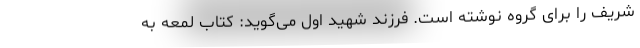
شریف را برای گروه نوشته است. فرزند شهید اول می‌گوید: کتاب لمعه به